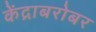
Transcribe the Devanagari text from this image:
केंद्राबरोबर